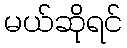
မယ်ဆိုရင်